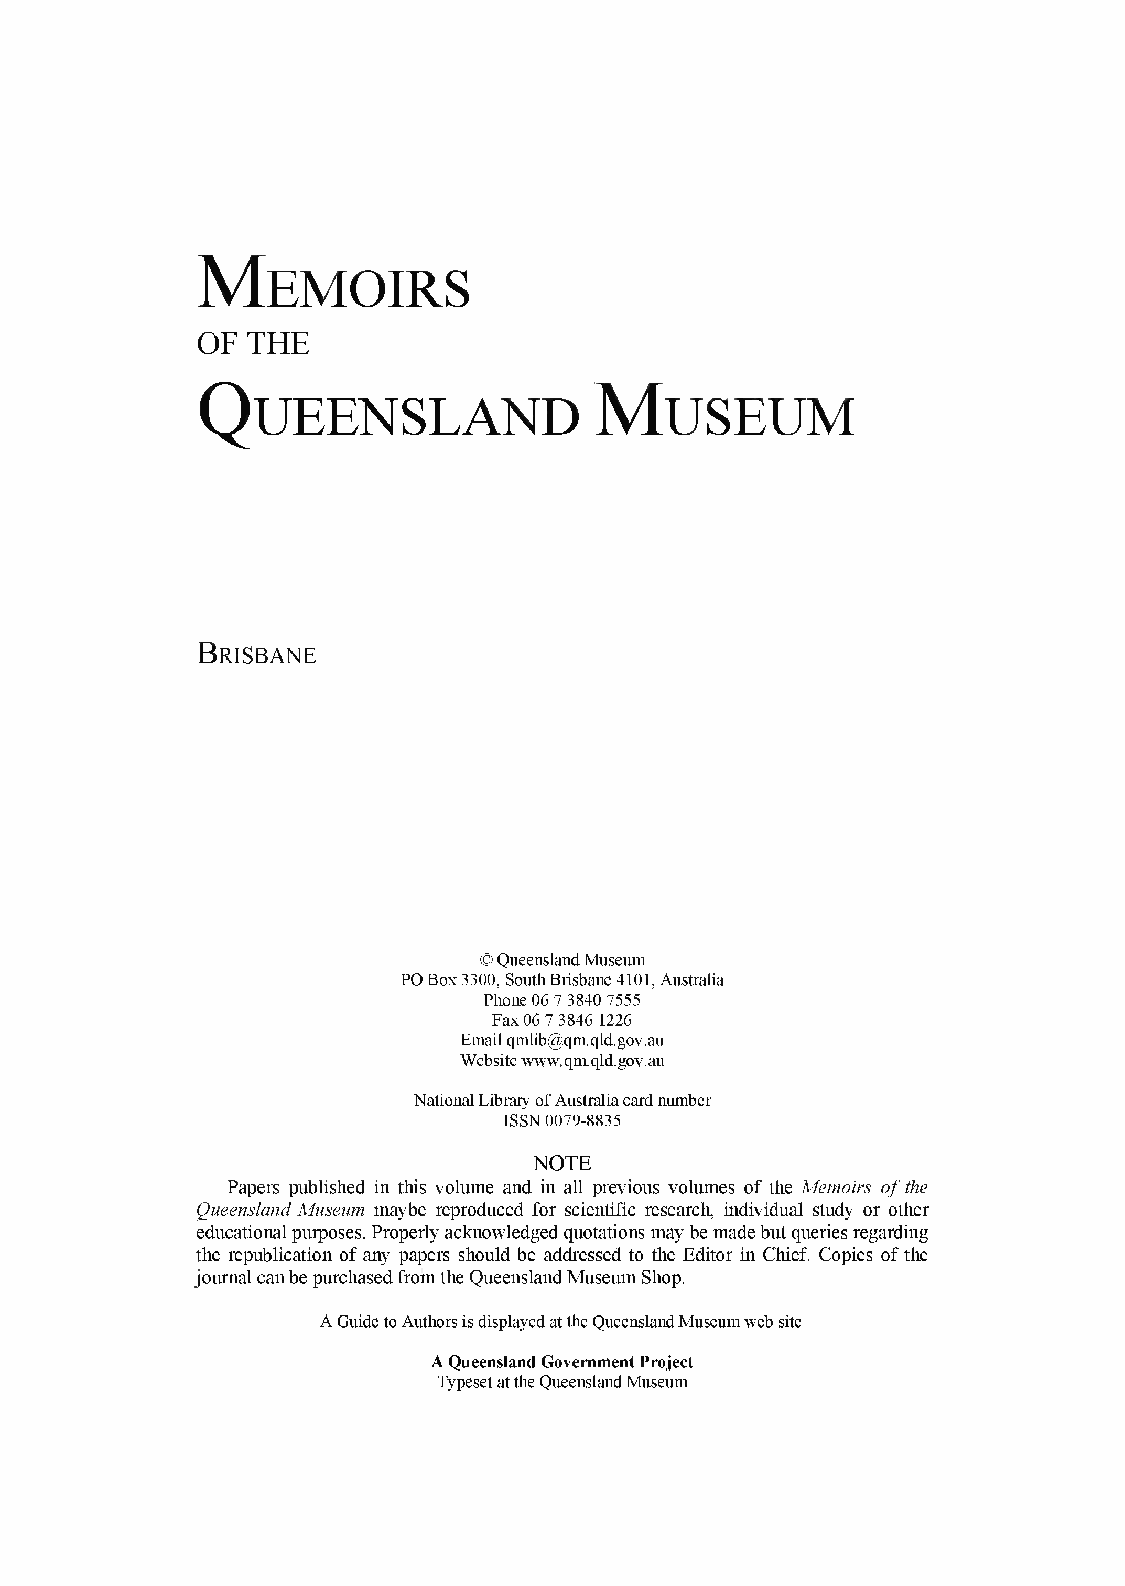
Memoirs
 OF THE
 Museum
 Queensland
 Brisbane
 ©QueenslandMuseum
 POBox3300, SouthBrisbane 4101, Australia
 Phone067 38407555
 Fax067 3846 1226
 Emailqmlib@qm.qld.gov.au
 Websitewww.qm.qld.gov.au
 NationalLibraryofAustraliacardnumber
 ISSN0079-8835
 NOTE
 Papers published in this volume and in all previous volumes of the Memoirs ofthe
 QueenslandMuseum maybe reproduced for scientific research, individual study or other
 educationalpurposes. Properly acknowledgedquotations may be madebutqueries regarding
 the republication of any papers should be addressed to the Editor in Chief. Copies ofthe
 journalcanbe purchasedfromthe QueenslandMuseumShop.
 AGuidetoAuthorsisdisplayedattheQueenslandMuseumwebsite
 AQueenslandGovernmentProject
 TypesetattheQueenslandMuseum